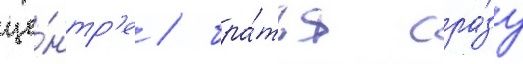
це́нтр'е / бра́тья сра́зу